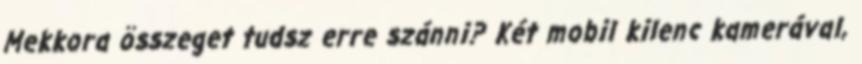
Mekkora összeget tudsz erre szánni? Két mobil kilenc kamerával,